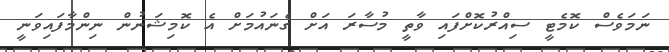
ނަމަވެސް ކޮމެޓީ ސިއްރުކޮށްފައި ވާތީ މުސާރަ އަށް ގެނައުމަށް އެ ކޮމިޝަނުން ނިންމާފައިވަނީ